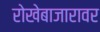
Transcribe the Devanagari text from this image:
रोखेबाजारावर